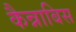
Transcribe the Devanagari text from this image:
कैन्नाबिस